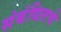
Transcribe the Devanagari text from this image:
संबंधितचे